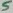
Text: 5